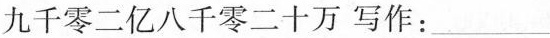
九千零二亿八千零二十万写作：___